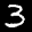
Label: 3